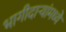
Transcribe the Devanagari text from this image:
भागीदार्‍यांमध्ये